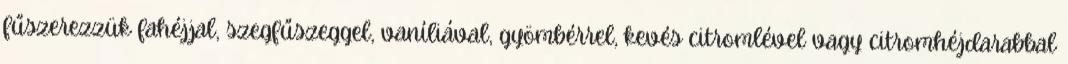
fűszerezzük fahéjjal, szegfűszeggel, vaníliával, gyömbérrel, kevés citromlével vagy citromhéjdarabbal